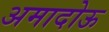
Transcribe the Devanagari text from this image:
अमादोऊ